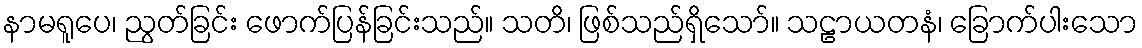
နာမရူပေ၊ ညွတ်ခြင်း ဖောက်ပြန်ခြင်းသည်။ သတိ၊ ဖြစ်သည်ရှိသော်။ သဠာယတနံ၊ ခြောက်ပါးသော